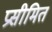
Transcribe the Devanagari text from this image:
प्रसीमित